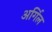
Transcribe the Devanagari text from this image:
अर्गिल